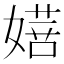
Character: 𭒔